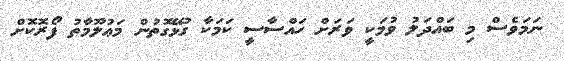
ނަމަވެސް މި ބައްދަލު ވުމަކީ ވަރަށް ހައްސާސީ ކަމަކާ ގުޅޭގޮތުން މަޢުލޫމާތު ފޯރޮކޮށް